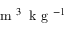
\textrm { m } ^ { 3 } \: \textrm { k g } ^ { - 1 }